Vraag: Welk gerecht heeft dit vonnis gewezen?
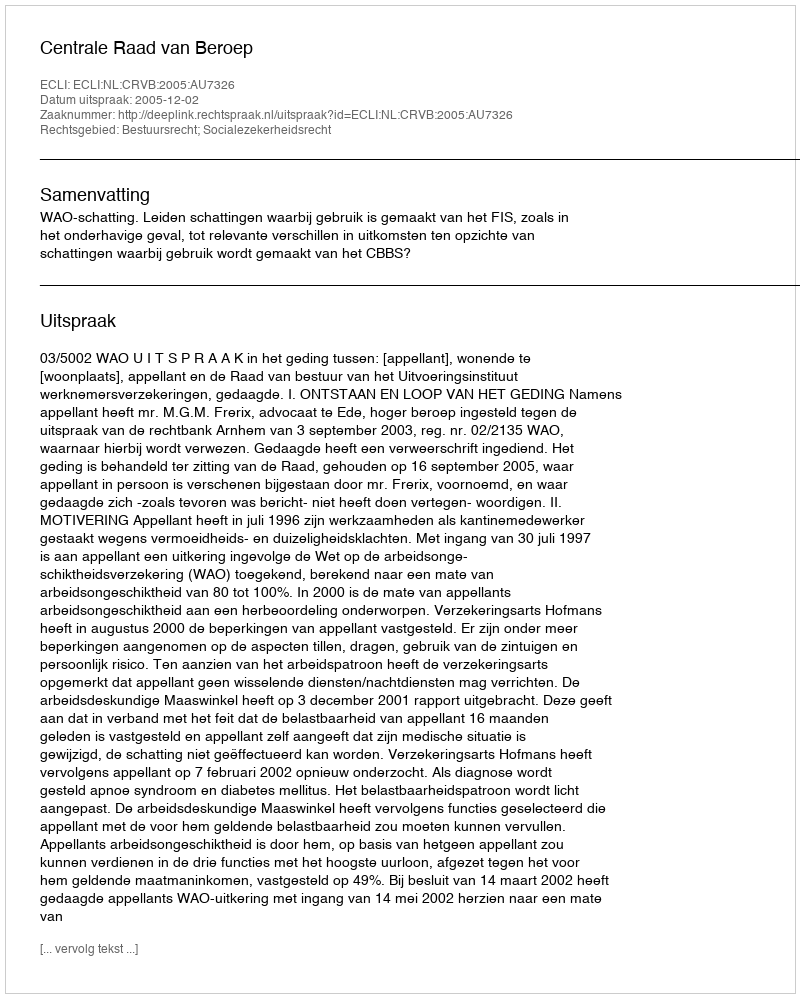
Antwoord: Centrale Raad van Beroep